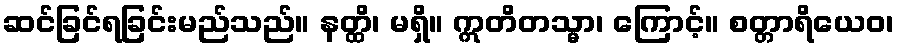
ဆင်ခြင်ရခြင်းမည်သည်။ နတ္ထိ၊ မရှိ။ ဣတိတသ္မာ၊ ကြောင့်။ စတ္တာရိယေဝ၊